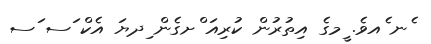
ެނ ެއވެ. ީމގެ އިތުރުން ކުރިއަ ްށގެން ިދޔަ އެކް ަސ ަސ